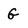
Character: G